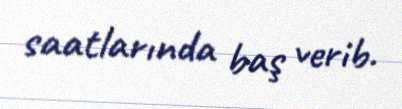
saatlarında baş verib.